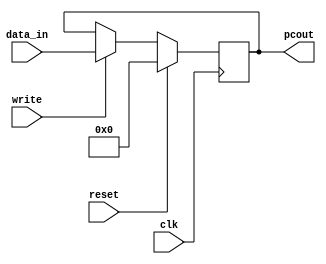
module pc(  clk , data_in , pcout , reset ,write);
input clk , reset,write;
parameter n=63;
input [n:0] data_in ;
output  reg [n:0]  pcout;
always @(posedge clk)
begin
    if(reset)
        pcout = 0 ;
    else
       if (write)
          pcout = data_in ;
end
endmodule